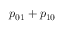
p _ { 0 1 } + p _ { 1 0 }